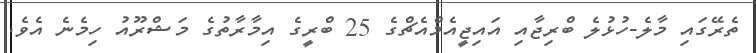
ތެރޭގައި މާލެ-ހުޅުލެ ބްރިޖާއި އައިޖީއެމްއެޗްގެ 25 ބްރީގެ އިމާރާތުގެ މަޝްރޫއު ހިމެނެ އެވެ.